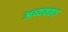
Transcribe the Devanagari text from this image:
अव्यवह्त